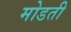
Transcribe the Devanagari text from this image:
मोडती